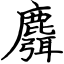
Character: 麛